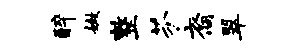
醉嫩整芬裔翠